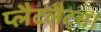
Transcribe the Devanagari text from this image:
प्लैटलैट्स।